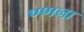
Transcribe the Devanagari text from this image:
ण्णना